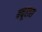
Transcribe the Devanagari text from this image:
क्यूरास